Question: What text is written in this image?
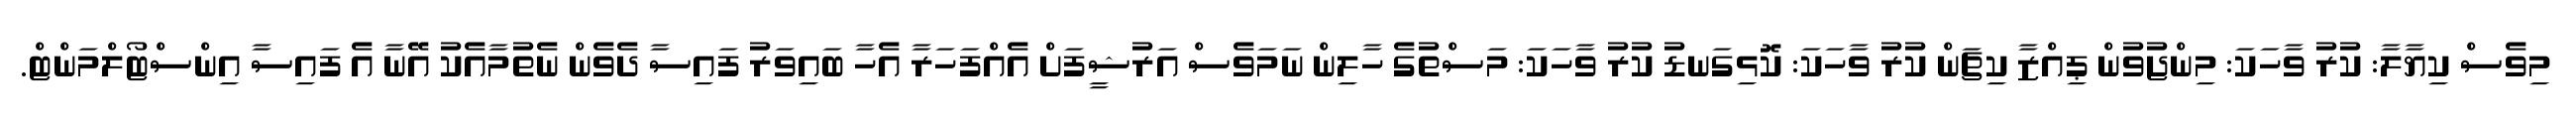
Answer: މިވެސް ކިޔާލާ: ކުރު ވާހަކަ: މިންޖުވުން ޕިއްޒާ ކިޗަން ކުރު ވާހަކަ: ކޮޅިގަނޑު ކުރު ވާހަކަ: މަސްތުގެ ހާލިން ނަމަވެސް އަރުޝީފަށް އެއްފަހަރާ އެހާ ބައިވަރު ފައިސާ ދެވެން ނެތުމާއެކު އޭނާ އެ ފައިސާ އިންސްޓޯލްމަންޓް.